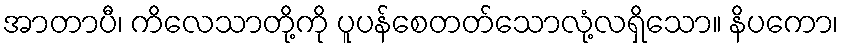
အာတာပီ၊ ကိလေသာတို့ကို ပူပန်စေတတ်သောလုံ့လရှိသော။ နိပကော၊